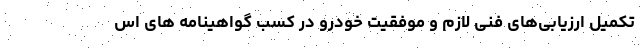
تکمیل ارزیابی‌های فنی لازم و موفقیت خودرو در کسب گواهینامه های اس